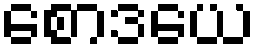
စောဒယေ